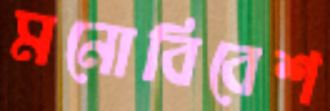
মনোবিবেশ